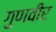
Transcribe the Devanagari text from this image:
गुणवीर